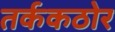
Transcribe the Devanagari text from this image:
तर्ककठोर